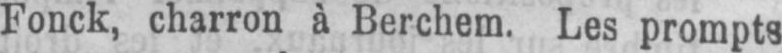
Fonck, charron à Berchem. Les prompts